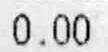
0.00